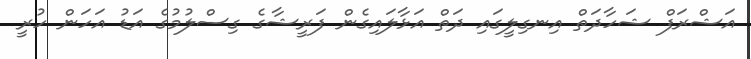
އަޝްރަފް ޝަހާދަތް އިނގިލީގައި ދަތް އަޅާލައިގެން ފަރީޝާގެ ގިސްލުމުގެ އަޑު އަހަން ހުރީ